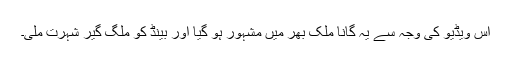
اس ویڈیو کی وجہ سے یہ گانا ملک بھر میں مشہور ہو گیا اور بینڈ کو ملگ گیر شہرت ملی۔